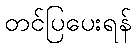
တင်ပြပေးရန်